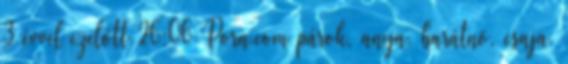
3 évvel ezelőtt 26:06 Porn.com párok, anya, barátnö, csaja,